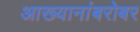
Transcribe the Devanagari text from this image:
आख्यानांबरोबर